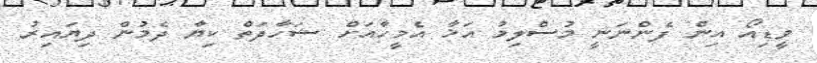
ވީޑިއޯ އިން ފެންނަނީ މުސްލިމު އަޚާ އެމީހާއަށް ޝަހާދަތް ކިޔާ ދެމުން ދިޔައިރު